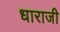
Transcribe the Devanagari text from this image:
धाराजी